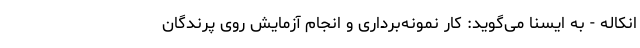
انکاله - به ایسنا می‌گوید: کار نمونه‌برداری و انجام آزمایش روی پرندگان